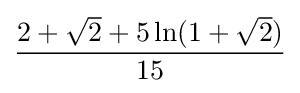
{\frac {2+{\sqrt {2}}+5\ln(1+{\sqrt {2}})}{15}}